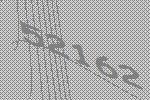
52162